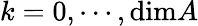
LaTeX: k=0,\cdots,\mathrm{dim}A